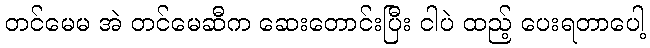
တင်မေမ အဲ တင်မေဆီက ဆေးတောင်းပြီး ငါပဲ ထည့် ပေးရတာပေါ့